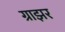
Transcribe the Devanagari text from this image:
ग्राझर